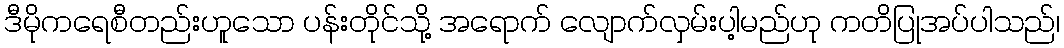
ဒီမိုကရေစီတည်းဟူသော ပန်းတိုင်သို့ အရောက် လျောက်လှမ်းပါ့မည်ဟု ကတိပြုအပ်ပါသည်၊